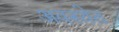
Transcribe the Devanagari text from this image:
अवस्‍थेत